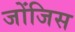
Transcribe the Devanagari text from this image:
जोंजिस